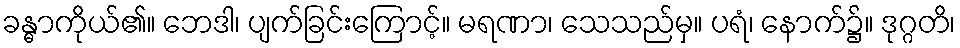
ခန္ဓာကိုယ်၏။ ဘေဒါ၊ ပျက်ခြင်းကြောင့်။ မရဏာ၊ သေသည်မှ။ ပရံ၊ နောက်၌။ ဒုဂ္ဂတိ၊